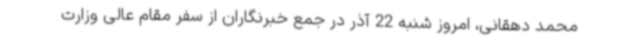
محمد دهقانی، امروز شنبه 22 آذر در جمع خبرنگاران از سفر مقام عالی وزارت